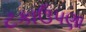
ટકાઉપણા